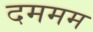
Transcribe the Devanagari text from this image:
दममम